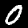
Label: 0